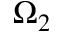
\Omega _ { 2 }